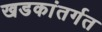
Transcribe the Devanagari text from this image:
खडकांतर्गत